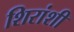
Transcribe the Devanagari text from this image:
शिरांशी